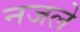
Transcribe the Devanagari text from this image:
नजले